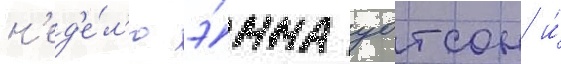
н'ед'е́л'ю э́мма уотсон и́